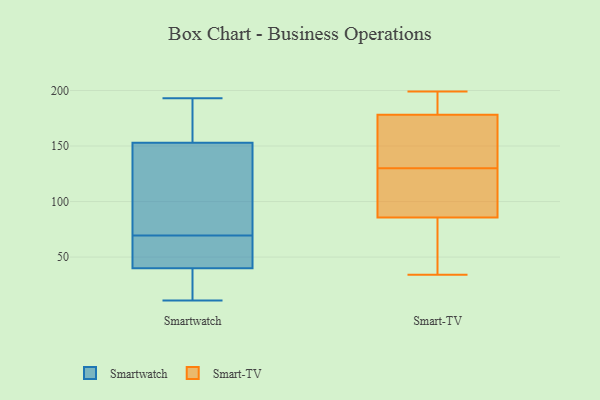
{"axis": {"x": "Production Output", "y": "Value"}, "legend": ["Smart-TV", "Smartwatch"], "data": [{"x": "", "y": 40, "type": "Smartwatch"}, {"x": "", "y": 71, "type": "Smartwatch"}, {"x": "", "y": 154, "type": "Smartwatch"}, {"x": "", "y": 92, "type": "Smartwatch"}, {"x": "", "y": 11, "type": "Smartwatch"}, {"x": "", "y": 35, "type": "Smartwatch"}, {"x": "", "y": 42, "type": "Smartwatch"}, {"x": "", "y": 27, "type": "Smartwatch"}, {"x": "", "y": 130, "type": "Smartwatch"}, {"x": "", "y": 193, "type": "Smartwatch"}, {"x": "", "y": 167, "type": "Smartwatch"}, {"x": "", "y": 43, "type": "Smartwatch"}, {"x": "", "y": 68, "type": "Smartwatch"}, {"x": "", "y": 153, "type": "Smartwatch"}, {"x": "", "y": 146, "type": "Smart-TV"}, {"x": "", "y": 199, "type": "Smart-TV"}, {"x": "", "y": 79, "type": "Smart-TV"}, {"x": "", "y": 67, "type": "Smart-TV"}, {"x": "", "y": 56, "type": "Smart-TV"}, {"x": "", "y": 197, "type": "Smart-TV"}, {"x": "", "y": 34, "type": "Smart-TV"}, {"x": "", "y": 130, "type": "Smart-TV"}, {"x": "", "y": 112, "type": "Smart-TV"}, {"x": "", "y": 170, "type": "Smart-TV"}, {"x": "", "y": 108, "type": "Smart-TV"}, {"x": "", "y": 181, "type": "Smart-TV"}, {"x": "", "y": 183, "type": "Smart-TV"}, {"x": "", "y": 106, "type": "Smart-TV"}, {"x": "", "y": 169, "type": "Smart-TV"}]}